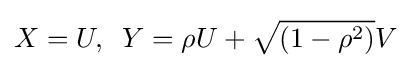
X=U,\;\;Y=\rho U+{\sqrt {(1-\rho ^{2})}}V